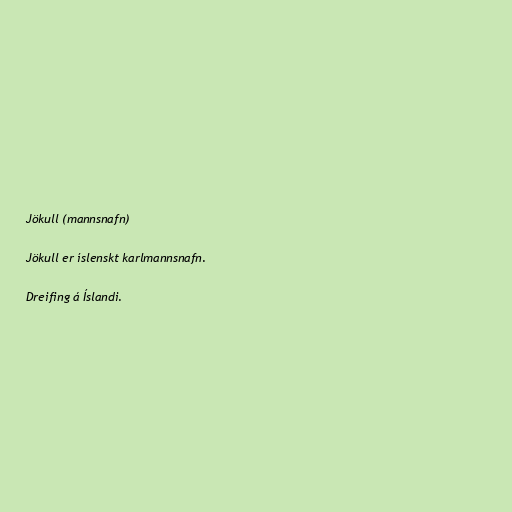
Jökull (mannsnafn)

Jökull er íslenskt karlmannsnafn.

Dreifing á Íslandi.